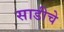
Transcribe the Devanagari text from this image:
साडीचे